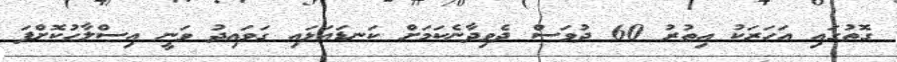
ގޮތުގައި އަހަރަކު އިތުރު 60 ދުވަސް ދެވިދާނެކަމަށް ކަނޑައަޅައި ގަވައިދު ވަނީ އިސްލާހުކޮށްފަ